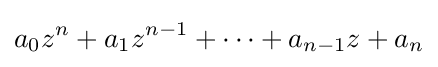
a_{0}z^{n}+a_{1}z^{n-1}+\cdots +a_{n-1}z+a_{n}